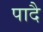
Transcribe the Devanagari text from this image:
पादै